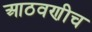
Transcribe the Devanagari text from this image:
आठवणीच